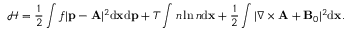
\mathcal { H } = \frac { 1 } { 2 } \int f | { \mathbf p } - { \mathbf A } | ^ { 2 } \mathrm { d } { \mathbf x } \mathrm { d } { \mathbf p } + T \int n \ln n \mathrm { d } { \mathbf x } + \frac { 1 } { 2 } \int | \nabla \times { \mathbf A } + { \mathbf B } _ { 0 } | ^ { 2 } \mathrm { d } { \mathbf x } .